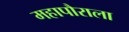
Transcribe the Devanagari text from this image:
महापौराला